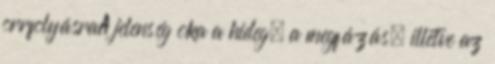
orrfolyásraA jelenség oka a hideg, a megfázás, illetve az